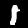
Label: 1